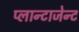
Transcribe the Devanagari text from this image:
प्लान्टाजेन्ट